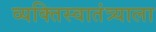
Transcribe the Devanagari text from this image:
व्यक्तिस्वातंत्र्याला